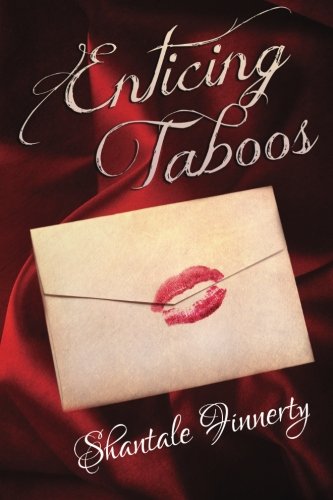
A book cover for Enticing Taboos; Shantale Finnerty; Romance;